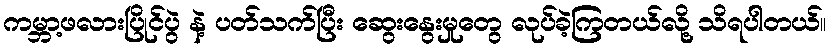
ကမ္ဘာ့ဖလားပြိုင်ပွဲ နဲ့ ပတ်သက်ပြီး ဆွေးနွေးမှုတွေ လုပ်ခဲ့ကြတယ်လို့ သိရပါတယ်။